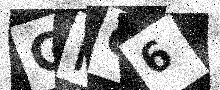
Text: GRC6